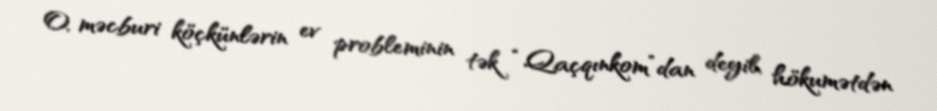
O, məcburi köçkünlərin ev probleminin tək “Qaçqınkom”dan deyil, hökumətdən